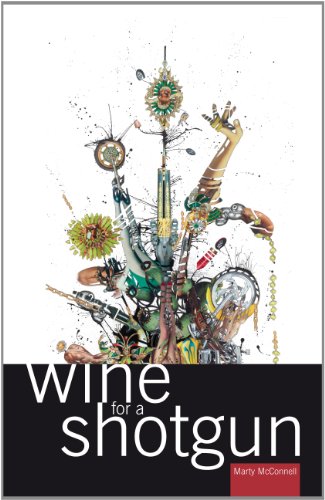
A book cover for wine for a shotgun; Marty McConnell; Gay & Lesbian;